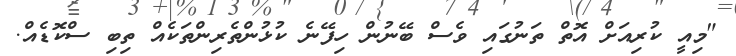
"މިއީ ކުރިއަށް އޮތް ތަނުގައި ވެސް ބޭނުން ހިފޭނެ ކުޅުންތެރިންތަކެއް ތިބި ސްކޮޑެއް.